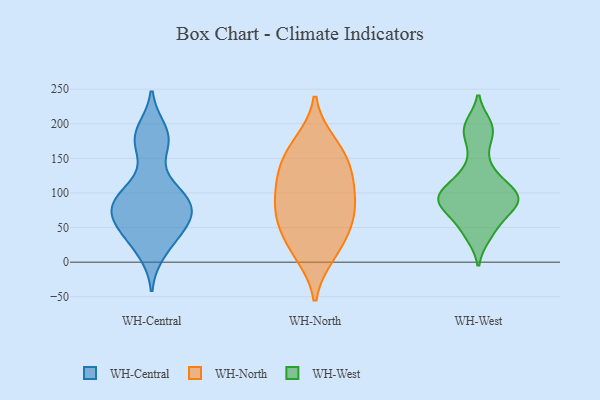
{"axis": {"x": "Inventory Turnover", "y": "Value"}, "legend": ["WH-Central", "WH-North", "WH-West"], "data": [{"x": "", "y": 182, "type": "WH-Central"}, {"x": "", "y": 89, "type": "WH-Central"}, {"x": "", "y": 76, "type": "WH-Central"}, {"x": "", "y": 84, "type": "WH-Central"}, {"x": "", "y": 105, "type": "WH-Central"}, {"x": "", "y": 74, "type": "WH-Central"}, {"x": "", "y": 176, "type": "WH-Central"}, {"x": "", "y": 63, "type": "WH-Central"}, {"x": "", "y": 27, "type": "WH-Central"}, {"x": "", "y": 15, "type": "WH-Central"}, {"x": "", "y": 58, "type": "WH-Central"}, {"x": "", "y": 90, "type": "WH-Central"}, {"x": "", "y": 43, "type": "WH-Central"}, {"x": "", "y": 167, "type": "WH-Central"}, {"x": "", "y": 190, "type": "WH-Central"}, {"x": "", "y": 54, "type": "WH-Central"}, {"x": "", "y": 104, "type": "WH-Central"}, {"x": "", "y": 10, "type": "WH-North"}, {"x": "", "y": 48, "type": "WH-North"}, {"x": "", "y": 12, "type": "WH-North"}, {"x": "", "y": 79, "type": "WH-North"}, {"x": "", "y": 169, "type": "WH-North"}, {"x": "", "y": 142, "type": "WH-North"}, {"x": "", "y": 123, "type": "WH-North"}, {"x": "", "y": 122, "type": "WH-North"}, {"x": "", "y": 90, "type": "WH-North"}, {"x": "", "y": 101, "type": "WH-North"}, {"x": "", "y": 145, "type": "WH-North"}, {"x": "", "y": 174, "type": "WH-North"}, {"x": "", "y": 59, "type": "WH-North"}, {"x": "", "y": 40, "type": "WH-North"}, {"x": "", "y": 73, "type": "WH-North"}, {"x": "", "y": 70, "type": "WH-West"}, {"x": "", "y": 108, "type": "WH-West"}, {"x": "", "y": 198, "type": "WH-West"}, {"x": "", "y": 82, "type": "WH-West"}, {"x": "", "y": 38, "type": "WH-West"}, {"x": "", "y": 101, "type": "WH-West"}, {"x": "", "y": 42, "type": "WH-West"}, {"x": "", "y": 127, "type": "WH-West"}, {"x": "", "y": 193, "type": "WH-West"}, {"x": "", "y": 87, "type": "WH-West"}, {"x": "", "y": 193, "type": "WH-West"}, {"x": "", "y": 168, "type": "WH-West"}, {"x": "", "y": 57, "type": "WH-West"}, {"x": "", "y": 89, "type": "WH-West"}, {"x": "", "y": 83, "type": "WH-West"}, {"x": "", "y": 133, "type": "WH-West"}, {"x": "", "y": 94, "type": "WH-West"}, {"x": "", "y": 94, "type": "WH-West"}, {"x": "", "y": 101, "type": "WH-West"}]}